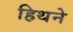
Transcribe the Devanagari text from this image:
हिथने